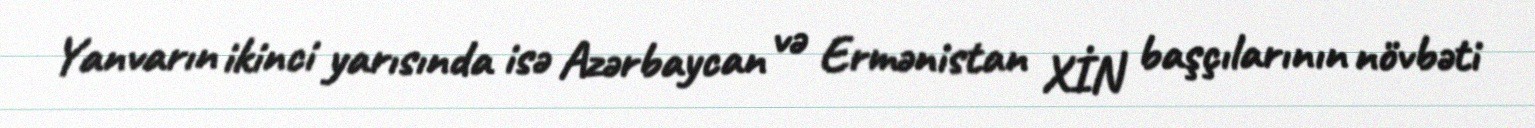
Yanvarın ikinci yarısında isə Azərbaycan və Ermənistan XİN başçılarının növbəti